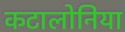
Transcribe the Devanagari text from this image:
कटालोनिया